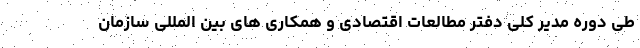
طی دوره مدیر کلی دفتر مطالعات اقتصادی و همکاری های بین المللی سازمان